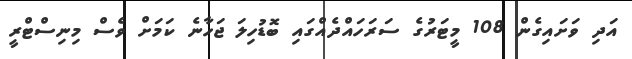
އަދި ވަށައިގެން 108 މީޓަރުގެ ސަރަހައްދެއްގައި ބޮޑުހިލަ ޖަހާނެ ކަމަށް ވެސް މިނިސްޓްރީ